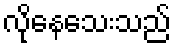
လိုနေသေးသည်